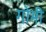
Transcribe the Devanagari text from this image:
गोमी